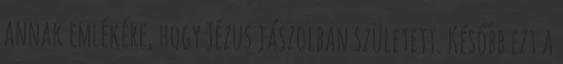
annak emlékére, hogy Jézus jászolban született. Később ezt a